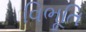
વિભૂતિ